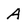
Character: A